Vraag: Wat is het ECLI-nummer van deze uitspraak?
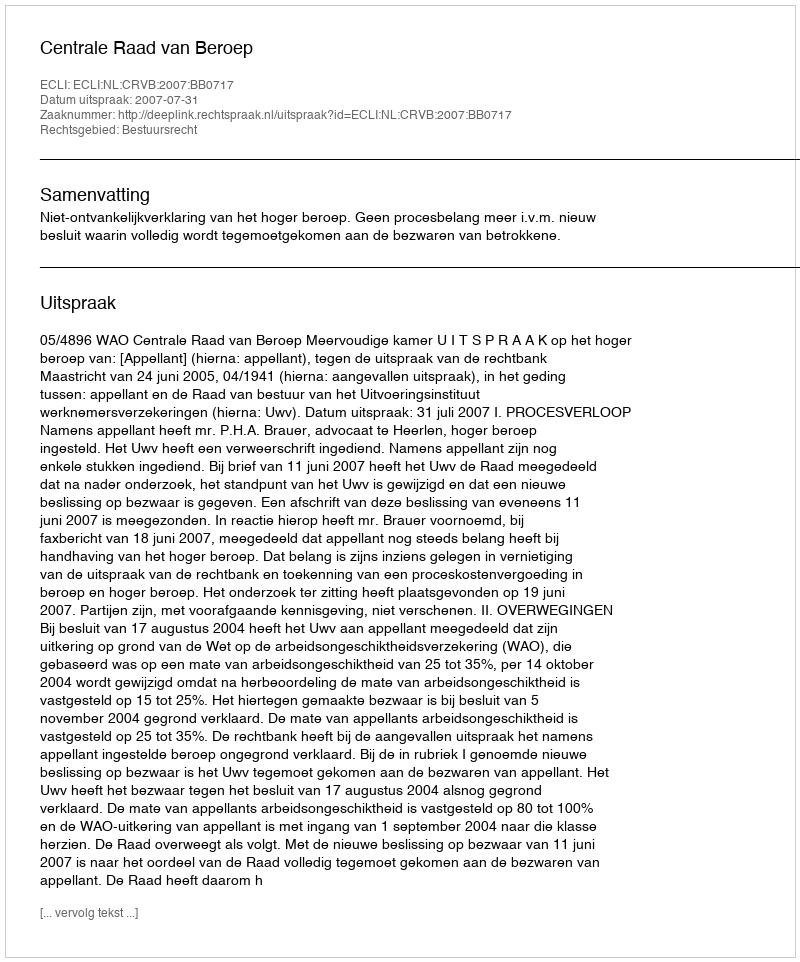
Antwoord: ECLI:NL:CRVB:2007:BB0717